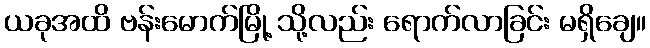
ယခုအထိ ဗန်းမောက်မြို့ သို့လည်း ရောက်လာခြင်း မရှိချေ။